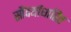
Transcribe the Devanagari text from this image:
सौंदर्याधारित